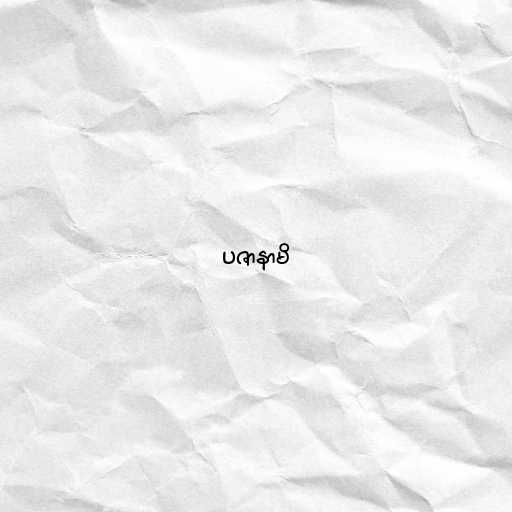
ပဇာနာမိ